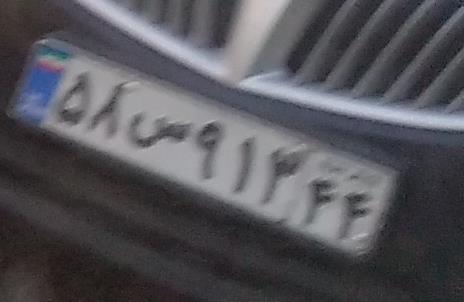
۵۸س۹۱۳۴۴